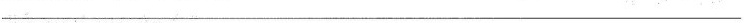
___